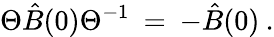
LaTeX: \Theta{\hat{B}(0)}{\Theta}^{-1}\: =\: -{\hat{B}(0)}\: .